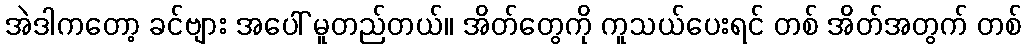
အဲဒါကတော့ ခင်ဗျား အပေါ် မူတည်တယ်။ အိတ်တွေကို ကူသယ်ပေးရင် တစ် အိတ်အတွက် တစ်